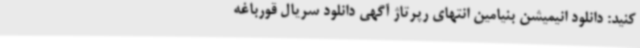
کنید: دانلود انیمیشن بنیامین انتهای رپرتاژ آگهی دانلود سریال قورباغه